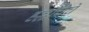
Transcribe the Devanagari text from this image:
हल्लीचेचे